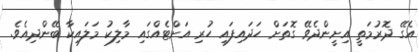
އެގޭ ދޮރުމަތީ އިށީންދެވޭ ގޮތަށް ހަދައިފައި ހުރި އަށްޓެއްގައި މާލިކު މަލައިކާ ބޭންދިއެވެ.